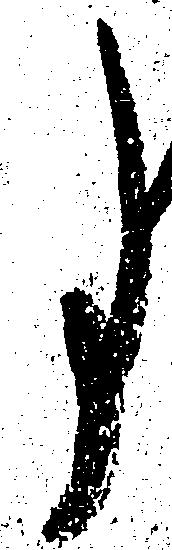
事